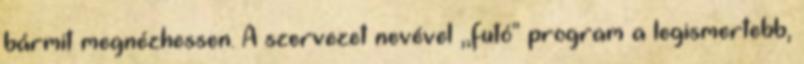
bármit megnézhessen. A szervezet nevével ,,futó" program a legismertebb,